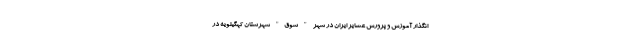
انگذار آموزش و پرورش عشایر ایران در شهر " سوق" شهرستان کهگیلویه در